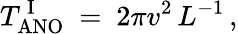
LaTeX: T_{\mathrm{ANO}}^{\, \mathrm{I}}\ =\ {2\pi v^{2}}\, L^{-1}\, ,